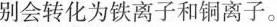
别回转化为铁离子和铜离子。